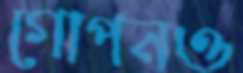
গোপনও